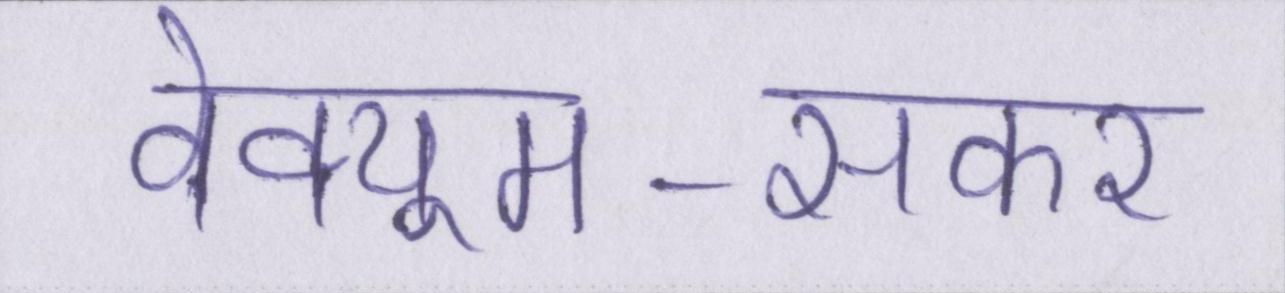
वेक्यूम-सकर